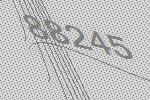
88245